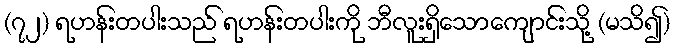
(၇၂) ရဟန်းတပါးသည် ရဟန်းတပါးကို ဘီလူးရှိသောကျောင်းသို့ (မသိ၍)